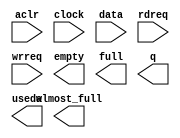
// megafunction wizard: %FIFO%VBB%
// GENERATION: STANDARD
// VERSION: WM1.0
// MODULE: scfifo 

// ============================================================
// Megafunction Name(s):
// 			scfifo
//
// Simulation Library Files(s):
// 			altera_mf
// ============================================================
// ************************************************************
// THIS IS A WIZARD-GENERATED FILE. DO NOT EDIT THIS FILE!
//
// 15.0.0 Build 145 04/22/2015 SJ Web Edition
// ************************************************************

//Copyright (C) 1991-2015 Altera Corporation. All rights reserved.
//Your use of Altera Corporation's design tools, logic functions 
//and other software and tools, and its AMPP partner logic 
//functions, and any output files from any of the foregoing 
//(including device programming or simulation files), and any 
//associated documentation or information are expressly subject 
//to the terms and conditions of the Altera Program License 
//Subscription Agreement, the Altera Quartus II License Agreement,
//the Altera MegaCore Function License Agreement, or other 
//applicable license agreement, including, without limitation, 
//that your use is for the sole purpose of programming logic 
//devices manufactured by Altera and sold by Altera or its 
//authorized distributors.  Please refer to the applicable 
//agreement for further details.

module tsfifo (
	aclr,
	clock,
	data,
	rdreq,
	wrreq,
	almost_full,
	empty,
	full,
	q,
	usedw);

	input	  aclr;
	input	  clock;
	input	[7:0]  data;
	input	  rdreq;
	input	  wrreq;
	output	  almost_full;
	output	  empty;
	output	  full;
	output	[7:0]  q;
	output	[14:0]  usedw;

endmodule

// ============================================================
// CNX file retrieval info
// ============================================================
// Retrieval info: PRIVATE: AlmostEmpty NUMERIC "0"
// Retrieval info: PRIVATE: AlmostEmptyThr NUMERIC "-1"
// Retrieval info: PRIVATE: AlmostFull NUMERIC "1"
// Retrieval info: PRIVATE: AlmostFullThr NUMERIC "32760"
// Retrieval info: PRIVATE: CLOCKS_ARE_SYNCHRONIZED NUMERIC "1"
// Retrieval info: PRIVATE: Clock NUMERIC "0"
// Retrieval info: PRIVATE: Depth NUMERIC "32768"
// Retrieval info: PRIVATE: Empty NUMERIC "1"
// Retrieval info: PRIVATE: Full NUMERIC "1"
// Retrieval info: PRIVATE: INTENDED_DEVICE_FAMILY STRING "Cyclone IV E"
// Retrieval info: PRIVATE: LE_BasedFIFO NUMERIC "0"
// Retrieval info: PRIVATE: LegacyRREQ NUMERIC "0"
// Retrieval info: PRIVATE: MAX_DEPTH_BY_9 NUMERIC "0"
// Retrieval info: PRIVATE: OVERFLOW_CHECKING NUMERIC "0"
// Retrieval info: PRIVATE: Optimize NUMERIC "0"
// Retrieval info: PRIVATE: RAM_BLOCK_TYPE NUMERIC "0"
// Retrieval info: PRIVATE: SYNTH_WRAPPER_GEN_POSTFIX STRING "0"
// Retrieval info: PRIVATE: UNDERFLOW_CHECKING NUMERIC "0"
// Retrieval info: PRIVATE: UsedW NUMERIC "1"
// Retrieval info: PRIVATE: Width NUMERIC "8"
// Retrieval info: PRIVATE: dc_aclr NUMERIC "1"
// Retrieval info: PRIVATE: diff_widths NUMERIC "0"
// Retrieval info: PRIVATE: msb_usedw NUMERIC "0"
// Retrieval info: PRIVATE: output_width NUMERIC "8"
// Retrieval info: PRIVATE: rsEmpty NUMERIC "1"
// Retrieval info: PRIVATE: rsFull NUMERIC "1"
// Retrieval info: PRIVATE: rsUsedW NUMERIC "1"
// Retrieval info: PRIVATE: sc_aclr NUMERIC "1"
// Retrieval info: PRIVATE: sc_sclr NUMERIC "0"
// Retrieval info: PRIVATE: wsEmpty NUMERIC "1"
// Retrieval info: PRIVATE: wsFull NUMERIC "1"
// Retrieval info: PRIVATE: wsUsedW NUMERIC "1"
// Retrieval info: LIBRARY: altera_mf altera_mf.altera_mf_components.all
// Retrieval info: CONSTANT: ADD_RAM_OUTPUT_REGISTER STRING "OFF"
// Retrieval info: CONSTANT: ALMOST_FULL_VALUE NUMERIC "32760"
// Retrieval info: CONSTANT: INTENDED_DEVICE_FAMILY STRING "Cyclone IV E"
// Retrieval info: CONSTANT: LPM_NUMWORDS NUMERIC "32768"
// Retrieval info: CONSTANT: LPM_SHOWAHEAD STRING "ON"
// Retrieval info: CONSTANT: LPM_TYPE STRING "scfifo"
// Retrieval info: CONSTANT: LPM_WIDTH NUMERIC "8"
// Retrieval info: CONSTANT: LPM_WIDTHU NUMERIC "15"
// Retrieval info: CONSTANT: OVERFLOW_CHECKING STRING "ON"
// Retrieval info: CONSTANT: UNDERFLOW_CHECKING STRING "ON"
// Retrieval info: CONSTANT: USE_EAB STRING "ON"
// Retrieval info: USED_PORT: aclr 0 0 0 0 INPUT NODEFVAL "aclr"
// Retrieval info: USED_PORT: almost_full 0 0 0 0 OUTPUT NODEFVAL "almost_full"
// Retrieval info: USED_PORT: clock 0 0 0 0 INPUT NODEFVAL "clock"
// Retrieval info: USED_PORT: data 0 0 8 0 INPUT NODEFVAL "data[7..0]"
// Retrieval info: USED_PORT: empty 0 0 0 0 OUTPUT NODEFVAL "empty"
// Retrieval info: USED_PORT: full 0 0 0 0 OUTPUT NODEFVAL "full"
// Retrieval info: USED_PORT: q 0 0 8 0 OUTPUT NODEFVAL "q[7..0]"
// Retrieval info: USED_PORT: rdreq 0 0 0 0 INPUT NODEFVAL "rdreq"
// Retrieval info: USED_PORT: usedw 0 0 15 0 OUTPUT NODEFVAL "usedw[14..0]"
// Retrieval info: USED_PORT: wrreq 0 0 0 0 INPUT NODEFVAL "wrreq"
// Retrieval info: CONNECT: @aclr 0 0 0 0 aclr 0 0 0 0
// Retrieval info: CONNECT: @clock 0 0 0 0 clock 0 0 0 0
// Retrieval info: CONNECT: @data 0 0 8 0 data 0 0 8 0
// Retrieval info: CONNECT: @rdreq 0 0 0 0 rdreq 0 0 0 0
// Retrieval info: CONNECT: @wrreq 0 0 0 0 wrreq 0 0 0 0
// Retrieval info: CONNECT: almost_full 0 0 0 0 @almost_full 0 0 0 0
// Retrieval info: CONNECT: empty 0 0 0 0 @empty 0 0 0 0
// Retrieval info: CONNECT: full 0 0 0 0 @full 0 0 0 0
// Retrieval info: CONNECT: q 0 0 8 0 @q 0 0 8 0
// Retrieval info: CONNECT: usedw 0 0 15 0 @usedw 0 0 15 0
// Retrieval info: GEN_FILE: TYPE_NORMAL tsfifo.v TRUE
// Retrieval info: GEN_FILE: TYPE_NORMAL tsfifo.inc FALSE
// Retrieval info: GEN_FILE: TYPE_NORMAL tsfifo.cmp FALSE
// Retrieval info: GEN_FILE: TYPE_NORMAL tsfifo.bsf FALSE
// Retrieval info: GEN_FILE: TYPE_NORMAL tsfifo_inst.v FALSE
// Retrieval info: GEN_FILE: TYPE_NORMAL tsfifo_bb.v TRUE
// Retrieval info: LIB_FILE: altera_mf